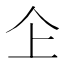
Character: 𠆳